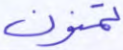
تمنون